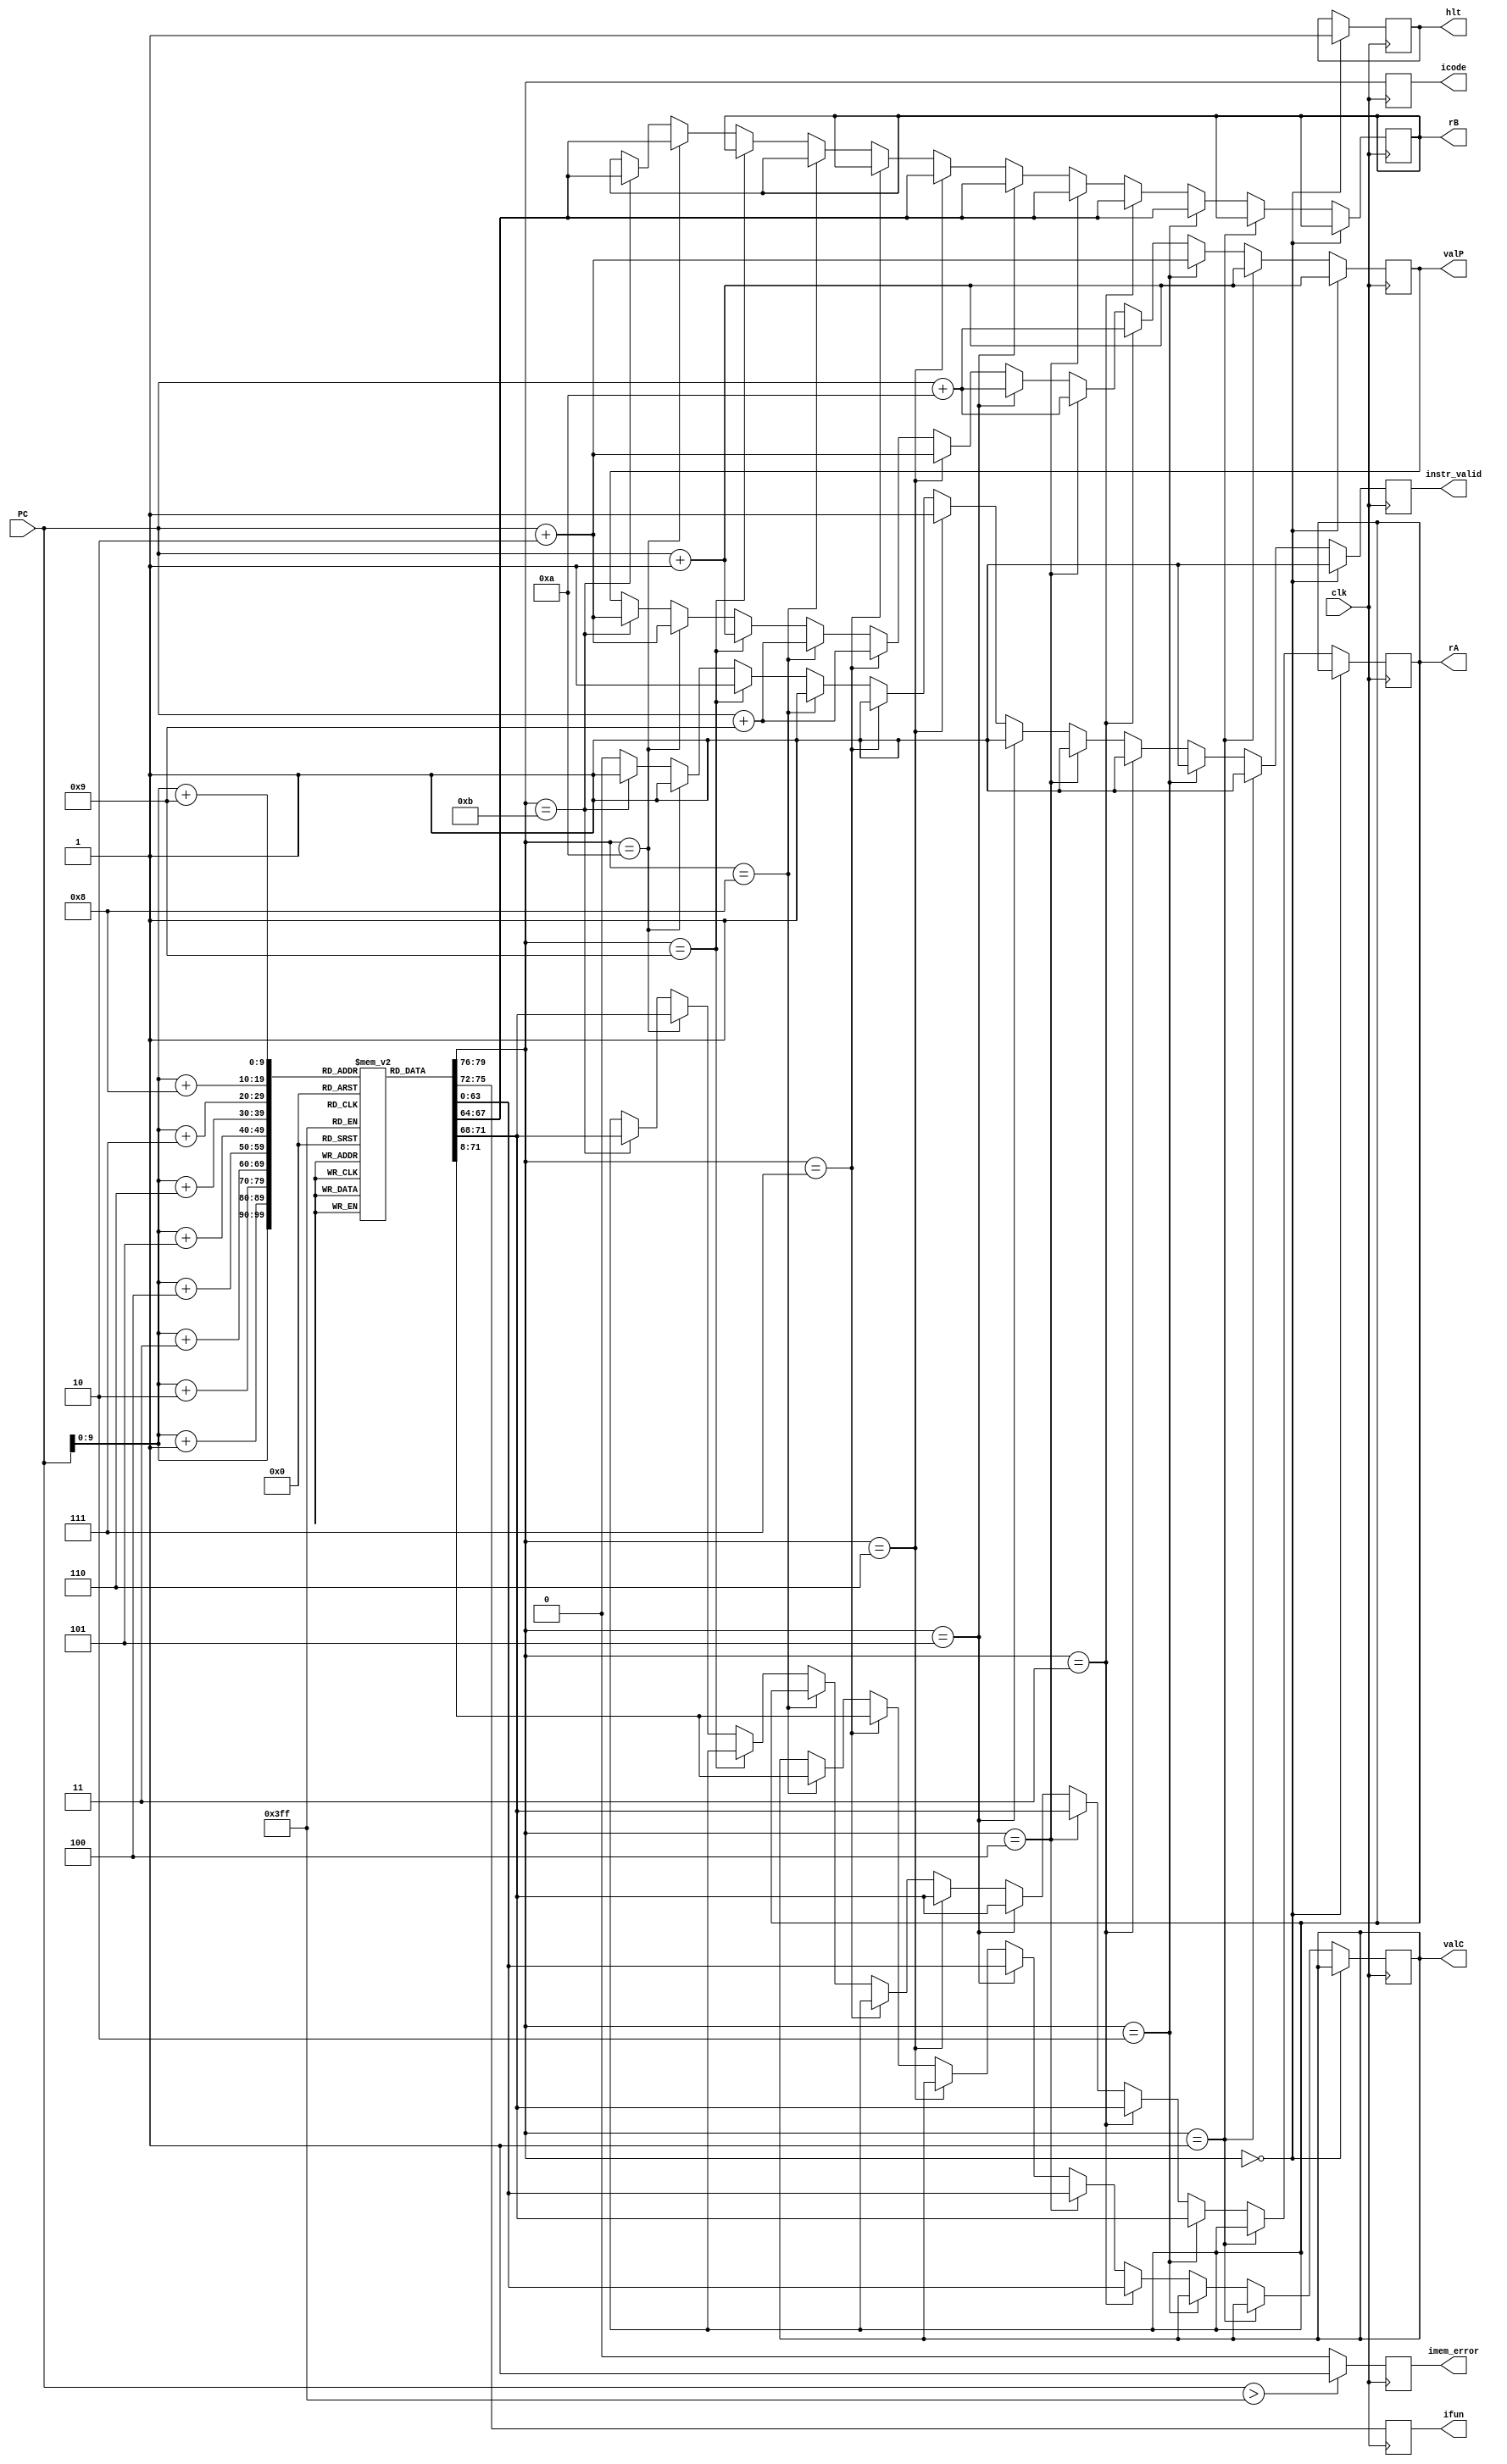
`timescale 1ns / 1ps

module fetch(
  clk,PC,
  icode,ifun,rA,rB,valC,valP,instr_valid,imem_error,hlt
);
  output reg [3:0] rA, rB, ifun, icode; 
  output reg [63:0] valP, valC;
  output reg imem_error, hlt, instr_valid;
  input clk;
  input [63:0] PC;
  reg [0:79] instr;
  reg [7:0] instr_mem[0:1023];

  initial begin

    instr_mem[37]=8'h32;
    instr_mem[38]=8'h4;
    instr_mem[39]=8'h16;
    instr_mem[40]=8'h16;
    instr_mem[41]=8'h16;
    instr_mem[42]=8'h16;
    instr_mem[43]=8'h16;
    instr_mem[44]=8'h16;
    instr_mem[45]=8'h0;

  end  

  always@(posedge clk) 
  begin 

    imem_error=0;
    if(PC>1023)
    begin
      imem_error=1;
    end

    instr={
      instr_mem[PC],
      instr_mem[PC+1],
      instr_mem[PC+2],
      instr_mem[PC+3],
      instr_mem[PC+4],
      instr_mem[PC+5],
      instr_mem[PC+6],
      instr_mem[PC+7],
      instr_mem[PC+8],
      instr_mem[PC+9]
    };

    icode= instr[0:3];
    ifun= instr[4:7];

    instr_valid=1'b1;

    if(icode==4'b0000) //halt
    begin
      hlt=1;
      valP=PC+64'd1;
    end
    else if(icode==4'b0001) //nop
    begin
      valP=PC+64'd1;
    end
    else if(icode==4'b0010) //cmovxx
    begin
      rA=instr[8:11];
      rB=instr[12:15];
      valP=PC+64'd2;
    end
    else if(icode==4'b0011) //irmovq
    begin
      rA=instr[8:11];
      rB=instr[12:15];
      valC=instr[16:79];
      valP=PC+64'd10;
    end
    else if(icode==4'b0100) //rmmovq
    begin
      rA=instr[8:11];
      rB=instr[12:15];
      valC=instr[16:79];
      valP=PC+64'd10;
    end
    else if(icode==4'b0101) //mrmovq
    begin
      rA=instr[8:11];
      rB=instr[12:15];
      valC=instr[16:79];
      valP=PC+64'd10;
    end
    else if(icode==4'b0110) //OPq
    begin
      rA=instr[8:11];
      rB=instr[12:15];
      valP=PC+64'd2;
    end
    else if(icode==4'b0111) //jxx
    begin
      valC=instr[8:71];
      valP=PC+64'd9;
    end
    else if(icode==4'b1000) //call
    begin
      valC=instr[8:71];
      valP=PC+64'd9;
    end
    else if(icode==4'b1001) //ret
    begin
      valP=PC+64'd1;
    end
    else if(icode==4'b1010) //pushq
    begin
      rA=instr[8:11];
      rB=instr[12:15];
      valP=PC+64'd2;
    end
    else if(icode==4'b1011) //popq
    begin
      rA=instr[8:11];
      rB=instr[12:15];
      valP=PC+64'd2;
    end
    else 
    begin
      instr_valid=1'b0;
    end
  end

endmodule